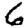
Digit: 6